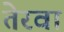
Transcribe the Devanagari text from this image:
तेरवा